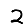
Digit: 2